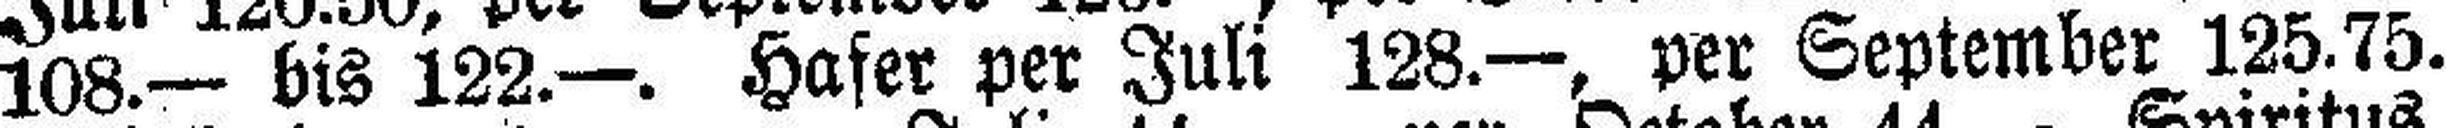
108.— bis 122.—. Hafer per Juli 128.—, per September 125.75.